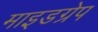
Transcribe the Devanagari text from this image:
माइडग्रेप